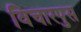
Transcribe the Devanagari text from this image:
विचारपुस